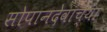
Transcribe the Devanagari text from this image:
सोपानदेवांच्या